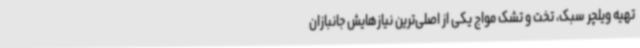
تهیه ویلچر سبک، تخت و تشک مواج یکی از اصلی‌ترین نیازهایش جانبازان